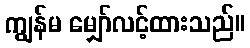
ကျွန်မ မျှော်လင့်ထားသည်။